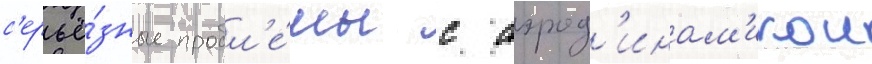
с'ерьё́зные пробл'е́мы с аэрод'инам'икои